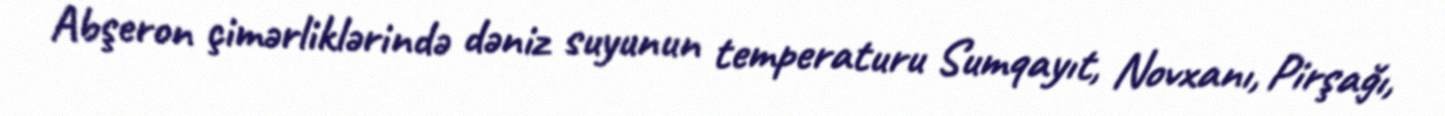
Abşeron çimərliklərində dəniz suyunun temperaturu Sumqayıt, Novxanı, Pirşağı,